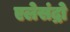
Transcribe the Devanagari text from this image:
एलेसंद्रो